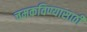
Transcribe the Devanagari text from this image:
चमकविण्यासाठी